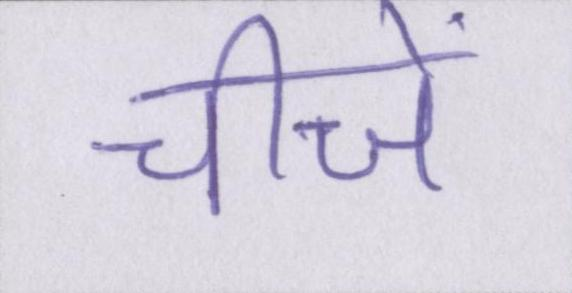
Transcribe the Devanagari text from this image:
चीजें